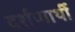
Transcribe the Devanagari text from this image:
दर्शणार्थी